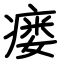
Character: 瘘